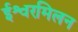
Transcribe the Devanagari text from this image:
ईश्वरमिलन